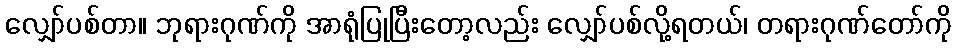
လျှော်ပစ်တာ။ ဘုရားဂုဏ်ကို အာရုံပြုပြီးတော့လည်း လျှော်ပစ်လို့ရတယ်၊ တရားဂုဏ်တော်ကို